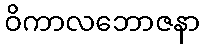
ဝိကာလဘောဇနာ